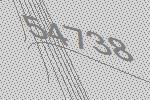
54738